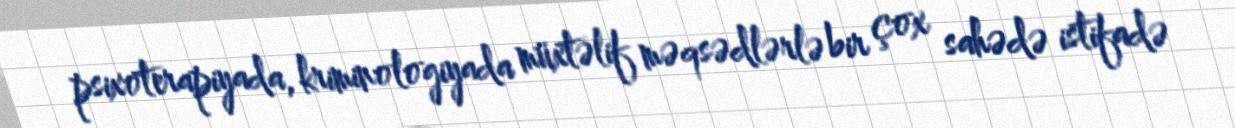
psixoterapiyada, kriminologiyada müxtəlif məqsədlərlə bir çox sahədə istifadə